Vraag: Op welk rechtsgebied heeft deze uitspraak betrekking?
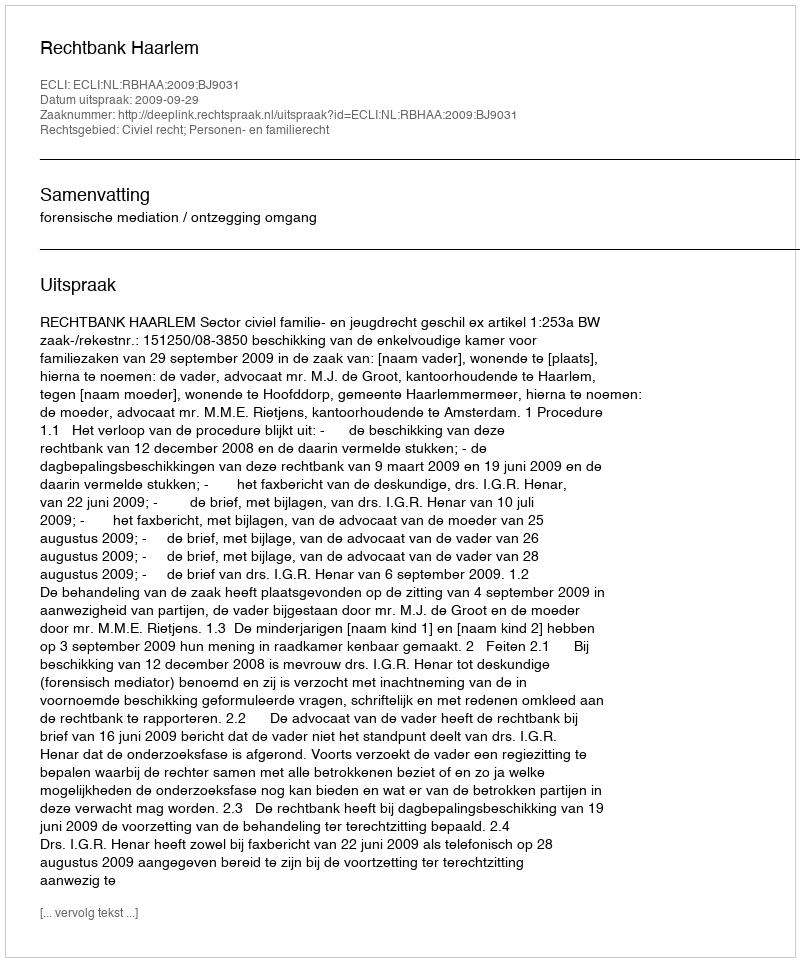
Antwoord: Civiel recht; Personen- en familierecht